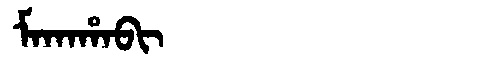
Manchu: ᠮᠠᡴᠠᡥᠠᠪᡳ
Romanization: MAKAHABI